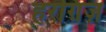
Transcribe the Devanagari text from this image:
हरग़िज़